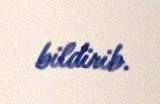
bildirib.